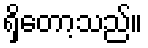
ရှိတော့သည်။